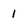
Character: 1